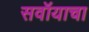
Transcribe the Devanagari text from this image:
सवॉयाचा